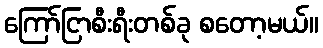
ကြော်ငြာစီးရီးတစ်ခု စတော့မယ်။